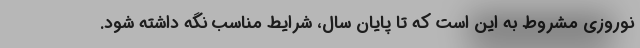
نوروزی مشروط به این است که تا پایان سال، شرایط مناسب نگه داشته شود.